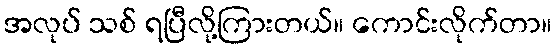
အလုပ် သစ် ရပြီလို့ကြားတယ်။ ကောင်းလိုက်တာ။